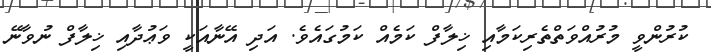
ކުރުންވީ މުރުއްވަތްތެރިކަމާއި ޚިލާފް ކަމެއް ކަމުގައެވެ. އަދި އޭނާއަކީ ވަޢުދާއި ޚިލާފް ނުވާނޭ